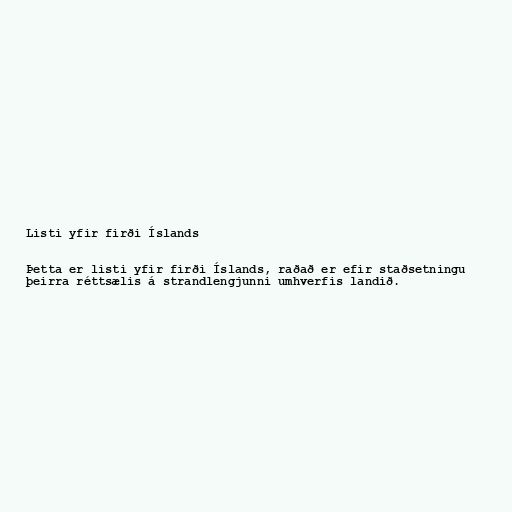
Listi yfir firði Íslands

Þetta er listi yfir firði Íslands, raðað er efir staðsetningu
þeirra réttsælis á strandlengjunni umhverfis landið.